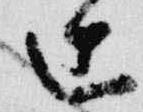
辻